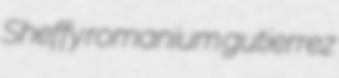
Sheffy romanium gutierrez